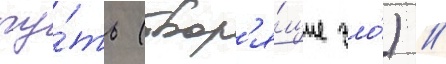
пу́ть (твор'я́щие зло́) /